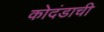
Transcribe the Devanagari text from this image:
कोदंडाची